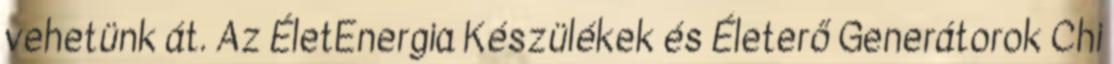
vehetünk át. Az ÉletEnergia Készülékek és Életerő Generátorok Chi